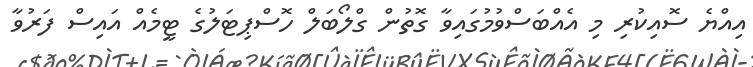
އިއްޔެ ސޮއިކުރި މި އެއްބަސްވުމުގައިވާ ގޮތުން ގްލޯބަލް ހޮސްޕިޓަލުގެ ޓީމެއް އައިސް ފަރުވާ